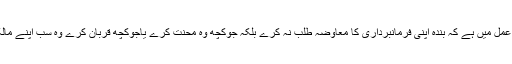
حقیقی کامیابی کا راز اسی طرزِ عمل میں ہے کہ بندہ اپنی فرمانبرداری کا معاوضہ طلب نہ کرے بلکہ جوکچھ وہ محنت کرے یاجوکچھ قربان کرے وہ سب اپنے مالک و مولیٰ کی مہربانی سمجھے۔